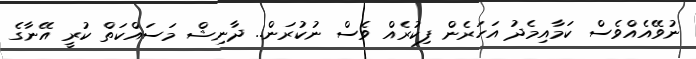
ނުވޭއެއްވެސް ކަމާއިމެދު އަހަރެން ފިކުރެއް ވެސް ނުކުރަން.. ދާނިޝް މަސައްކަތް ކުރީ އޭނާގެ